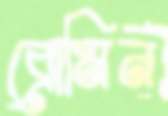
ব্রোমিন